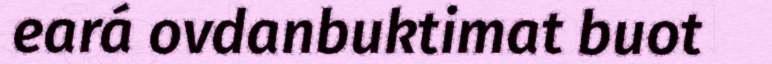
eará ovdanbuktimat buot